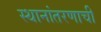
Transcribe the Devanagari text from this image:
स्थानांतरणाची